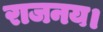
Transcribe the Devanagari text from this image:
राजनय।